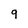
Character: 9